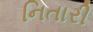
નિતારી